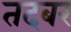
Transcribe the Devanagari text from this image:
तदबर